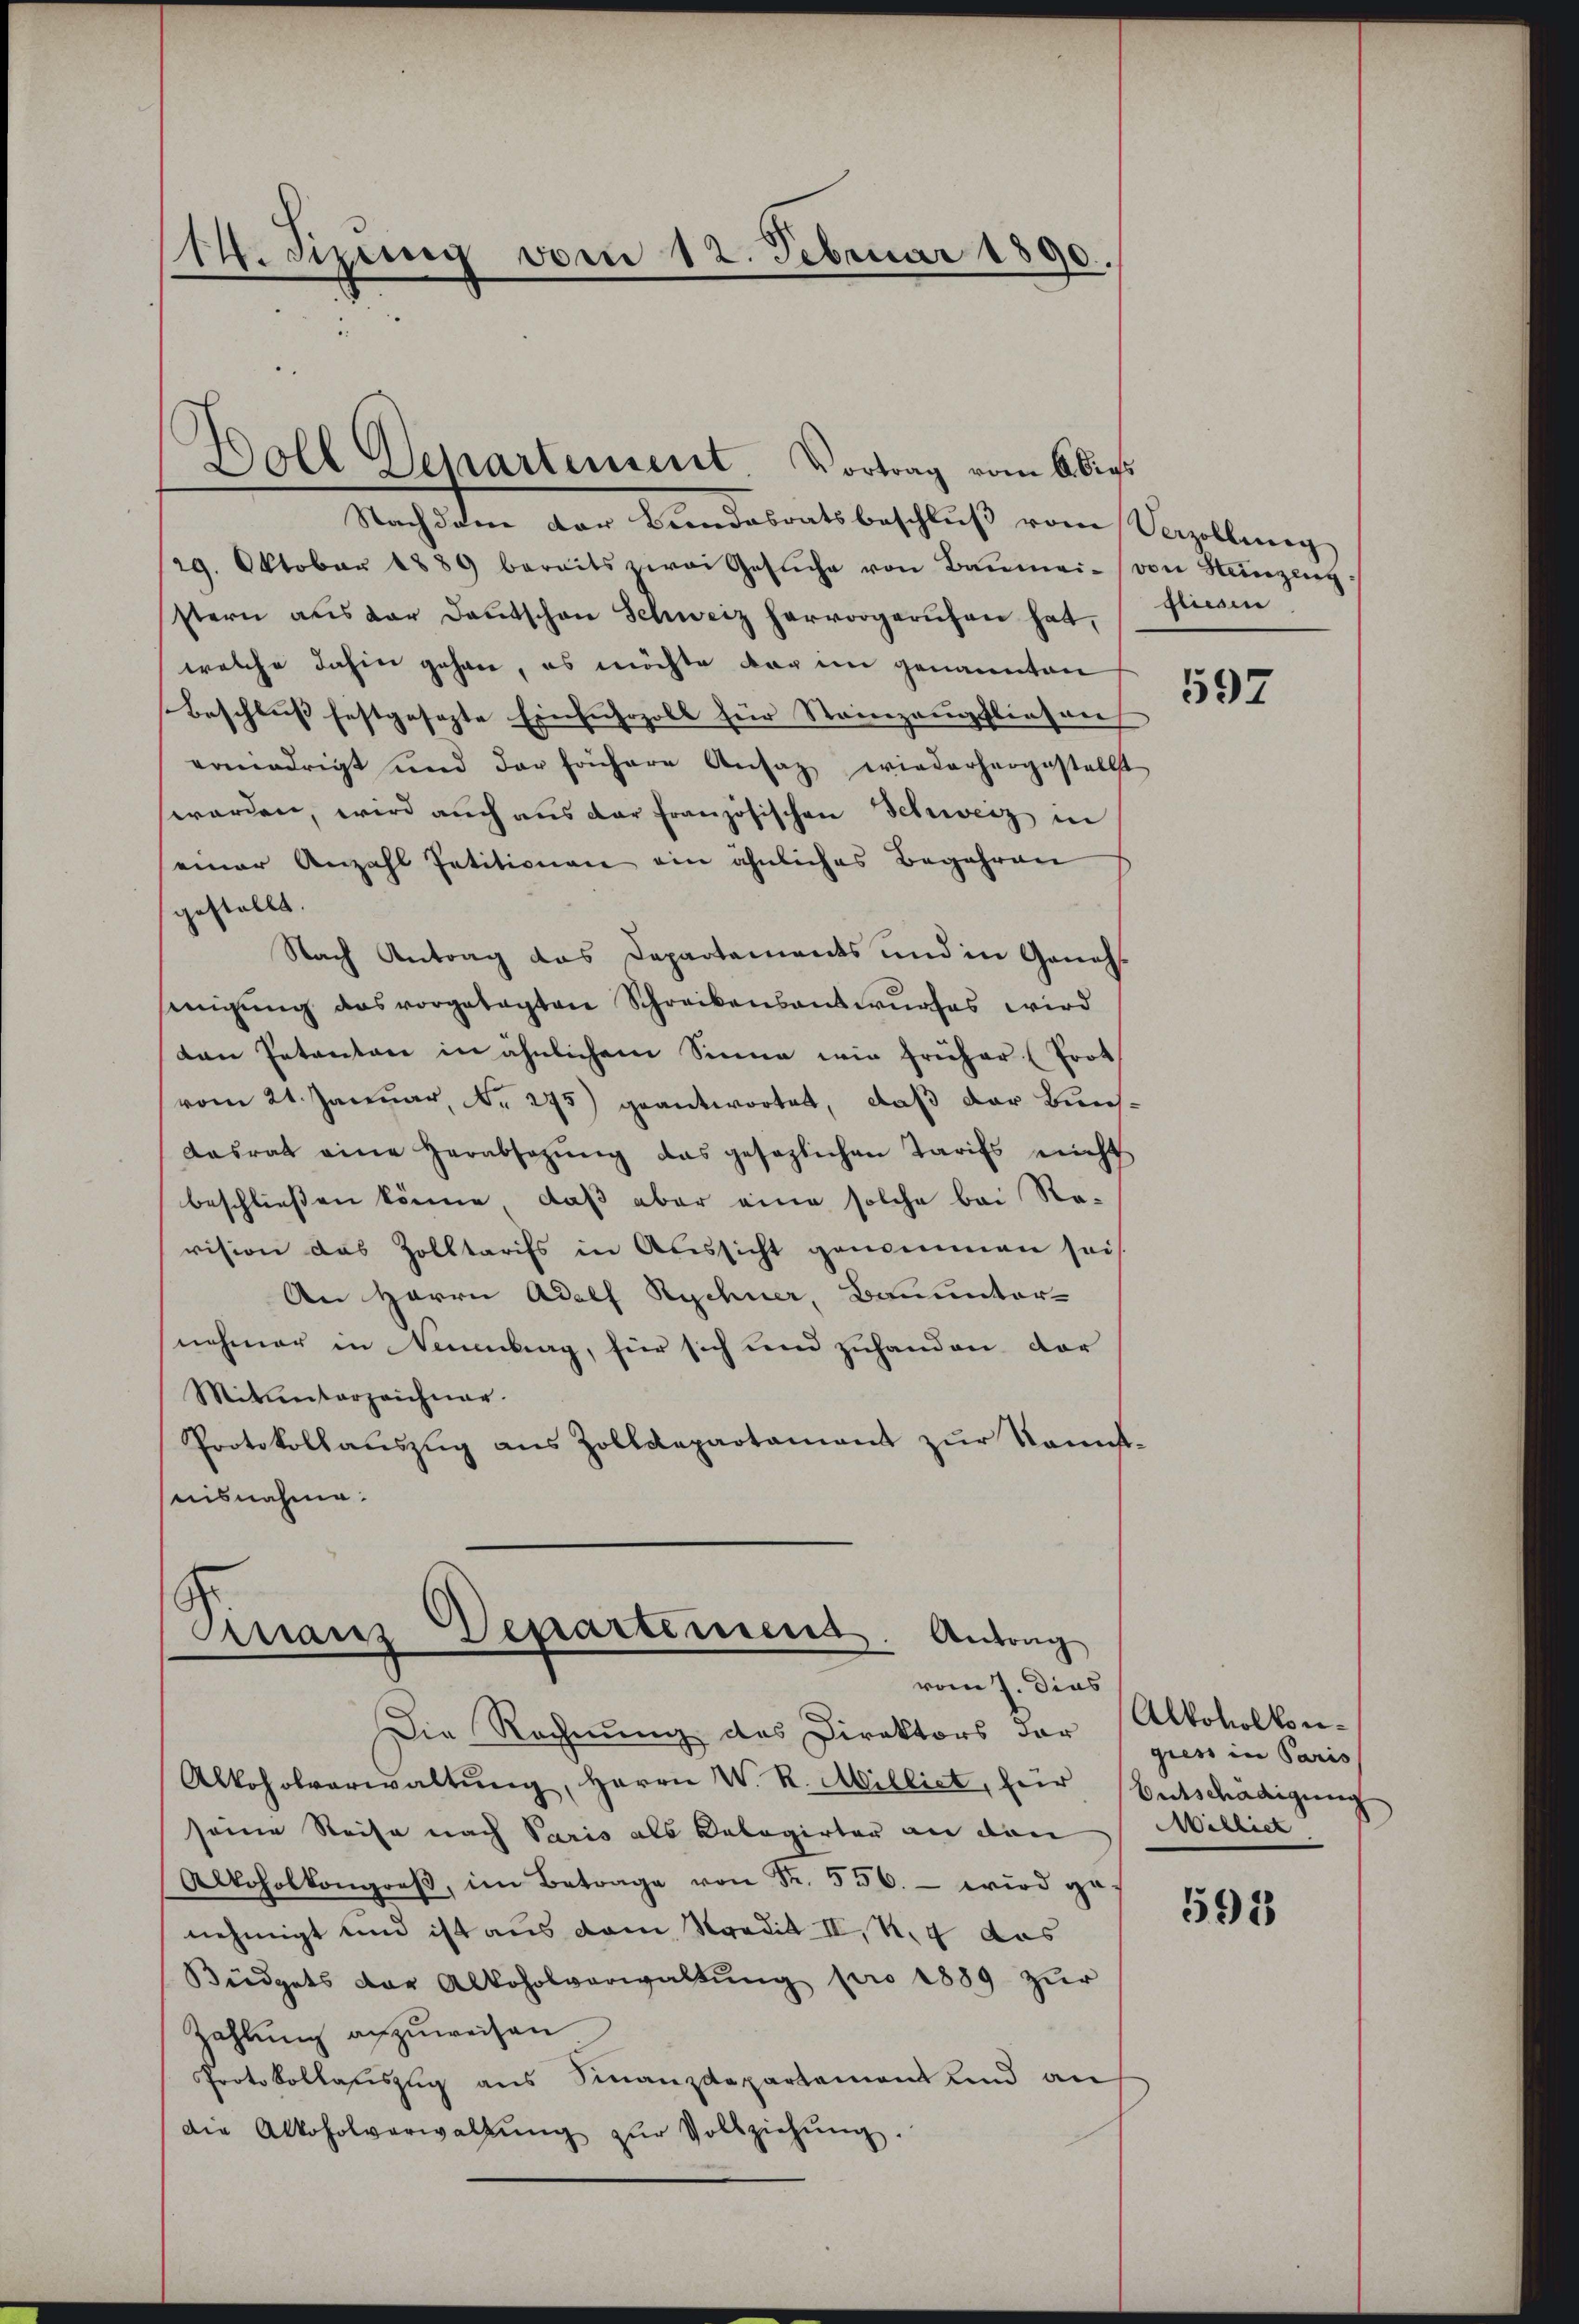
Tsizung vom 12. Februar 1890.

Boll Departement. Vortrag vom 6 dies

Nachdem der Bundesratsbeschlŭβ von Verzolling
29. Oktober 1889 bereits zwai Gesŭche von Baŭmei- von Heinzeng
stern aus der Deutschen Schweiz hervorgerufen hat,
welche dahin gehen, es möchte der im genannten
Beschluß festgesezte Einfuhrzoll für Steinzeugfliesen
vrniedrigt und der frühere Ansatz wiederhergestellt
werden, wird auch aus der französischen Schweiz in
einer Anzahl Petitionen ein ähnliches Begehren
gestellt.
Nach Antrag das Departements und in Genehinigung das vorgetagten Schreibensantwurfes wird
ten Petenten in ähnlichem Sinne wir früher (Prot
vom 21. Januar, No. 275) geantwortet, daß der Bun
Dasrat eine herabsagŭng das gesezlichen Tarifs nicht
beschließen könne, daß aber eine solche bei Revision des Zolltarifs in Aussicht genommen sei
An Herrn Adolf Rychner, Bauunternehmer in Neuenburg, für sich und zuhanden der
Mitunterzeichner.
Protokollaŭszŭg ans Zolldepartament zŭr Kannst-
nisnahme.

Manz Departemens. Antrag
vom J. dies

fliesen

Die Rechnung des Direktors der gies in Paris
Alkoholverwaltŭng, Herrn W. R. Milliet, für Entschädigŭng
seine Reise nach Paris als Kalagirter an den
Alkoholkongreβ, im Betrage von Fr. 550.- wird genehmigt und ist aus dem Kredit II, S. 4 das
Büdgets der Alkoholverwaltŭng pro 1889 zŭr
Zahlung anzuweisen
Protokollastiszug aus Finanzdepartement und an
die Alkoholverwaltŭng zŭr Vollziehŭng.

597

Alkohol kon¬
MMilliet

593